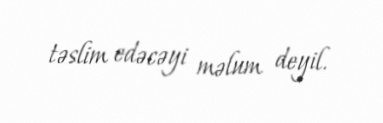
təslim edəcəyi məlum deyil.